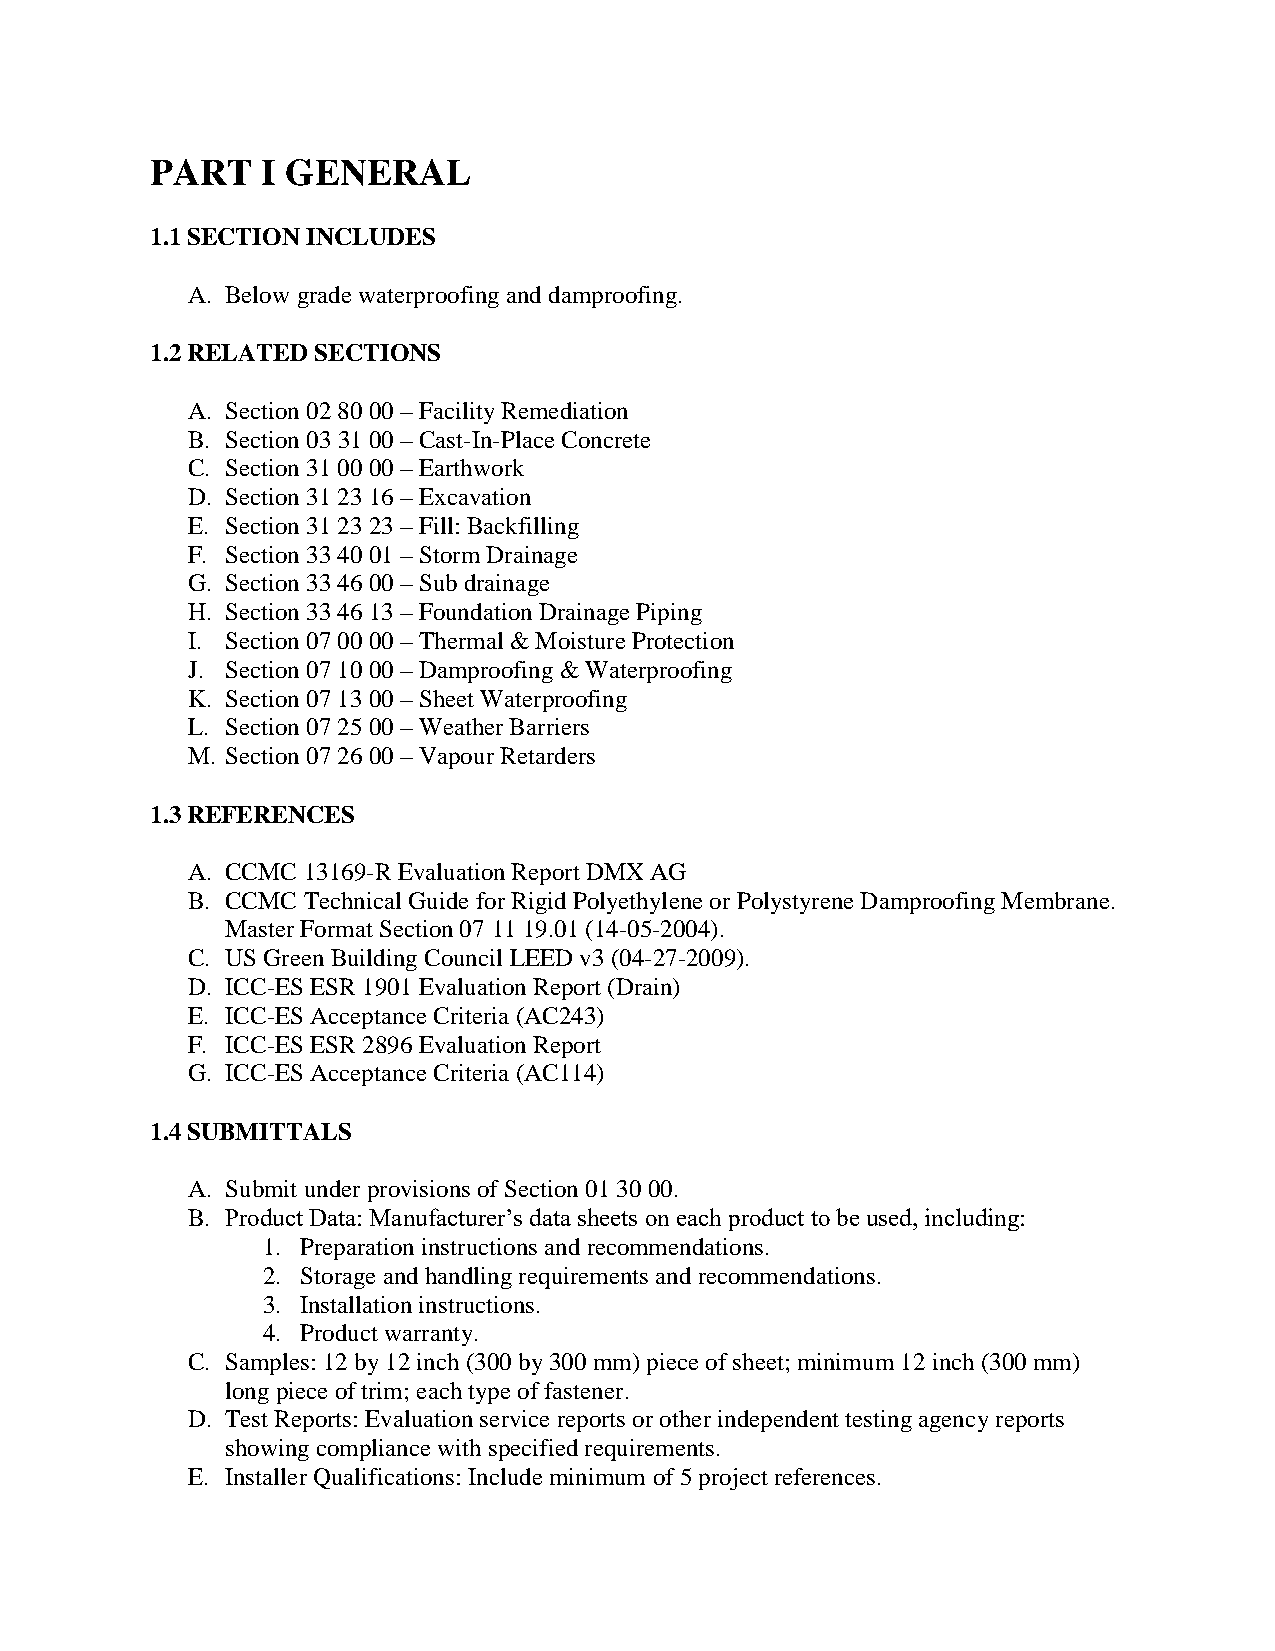
PART   I GENERAL
 1.1 SECTION INCLUDES
 A. Below grade waterproofing and damproofing.
 1.2 RELATED SECTIONS
 A. Section 02 80 00 – Facility Remediation
 B. Section 03 31 00 – Cast-In-Place Concrete
 C. Section 31 00 00 – Earthwork
 D. Section 31 23 16 – Excavation
 E. Section 31 23 23 – Fill: Backfilling
 F. Section 33 40 01 – Storm Drainage
 G. Section 33 46 00 – Sub drainage
 H. Section 33 46 13 – Foundation Drainage Piping
 I. Section 07 00 00 – Thermal & Moisture Protection
 J. Section 07 10 00 – Damproofing & Waterproofing
 K. Section 07 13 00 – Sheet Waterproofing
 L. Section 07 25 00 – Weather Barriers
 M. Section 07 26 00 – Vapour Retarders
 1.3 REFERENCES
 A. CCMC 13169-R Evaluation Report DMX AG
 B. CCMC Technical Guide for Rigid Polyethylene or Polystyrene Damproofing Membrane.
 Master Format Section 07 11 19.01 (14-05-2004).
 C. US Green Building Council LEED v3 (04-27-2009).
 D. ICC-ES ESR 1901 Evaluation Report (Drain)
 E. ICC-ES Acceptance Criteria (AC243)
 F. ICC-ES ESR 2896 Evaluation Report
 G. ICC-ES Acceptance Criteria (AC114)
 1.4 SUBMITTALS
 A. Submit under provisions of Section 01 30 00.
 B. Product Data: Manufacturer’s data sheets on each product to be used, including:
 1. Preparation instructions and recommendations.
 2. Storage and handling requirements and recommendations.
 3. Installation instructions.
 4. Product warranty.
 C. Samples: 12 by 12 inch (300 by 300 mm) piece of sheet; minimum 12 inch (300 mm)
 long piece of trim; each type of fastener.
 D. Test Reports: Evaluation service reports or other independent testing agency reports
 showing compliance with specified requirements.
 E. Installer Qualifications: Include minimum of 5 project references.